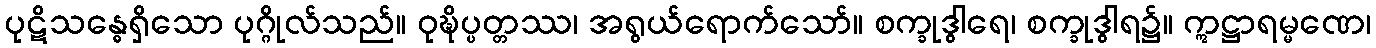
ပုဋိသန္ဓေရှိသော ပုဂ္ဂိုလ်သည်။ ဝုဍ္ဎိပ္ပတ္တဿ၊ အရွယ်ရောက်သော်။ စက္ခုဒွါရေ၊ စက္ခုဒွါရ၌။ ဣဋ္ဌာရမ္မဏေ၊